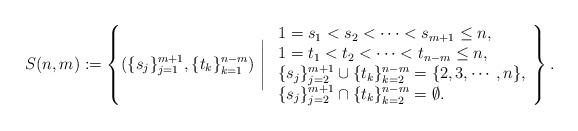
LaTeX: \begin{align*}S(n,m):=\left\{(\{s_j\}_{j=1}^{m+1}, \{t_k\}_{k=1}^{n-m})\ \Bigg|\ \begin{array}{l}1=s_1<s_2<\cdots<s_{m+1}\le n,\\ 1=t_1<t_2<\cdots<t_{n-m}\le n,\\ \{s_j\}_{j=2}^{m+1}\cup \{t_k\}_{k=2}^{n-m}=\{2,3,\cdots,n\},\\ \{s_j\}_{j=2}^{m+1}\cap \{t_k\}_{k=2}^{n-m}=\emptyset.\end{array}\right\}.\end{align*}